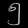
Digit: ၅